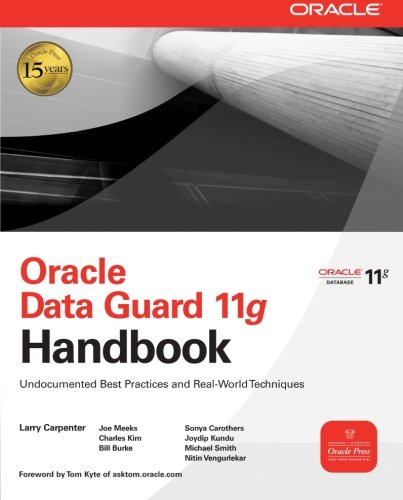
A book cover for Oracle Data Guard 11g Handbook (Oracle Press); Larry Carpenter; Computers & Technology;